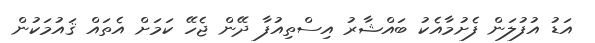
އަޑު އުފުލަން ފެށުމާއެކު ބައްޝާރު އިސްތިއުފާ ދޭން ޖެހޭ ކަމަށް އެތައް ޤައުމަކުން